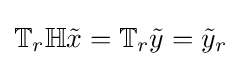
\mathbb {T} _{r}\mathbb {H} {\tilde {x}}=\mathbb {T} _{r}{\tilde {y}}={\tilde {y}}_{r}